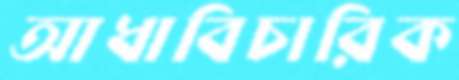
আধাবিচারিক